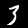
Digit: 3